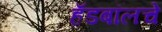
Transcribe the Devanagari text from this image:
हँडबॉलचे